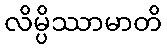
လိမ္ပိဿာမာတိ